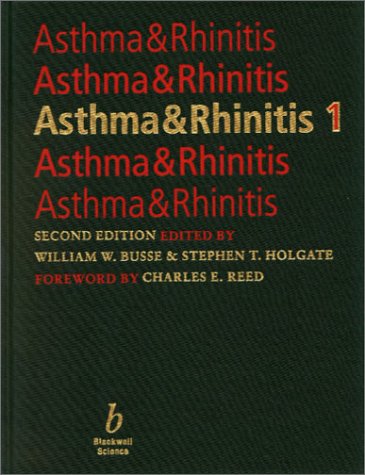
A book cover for Asthma and Rhinitis; Health, Fitness & Dieting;